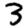
Digit: 3